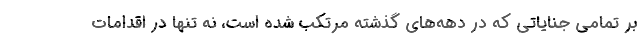
بر تمامی جنایاتی که در دهه‌های گذشته مرتکب شده است، نه تنها در اقدامات